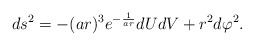
\begin{align*}ds^2 = - (ar)^3 e^{-\frac{1}{ar}} dUdV + r^2 d\varphi^2. \end{align*}